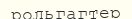
рольгагтер